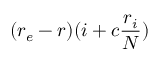
( r _ { e } - r ) ( i + c \frac { r _ { i } } { N } )